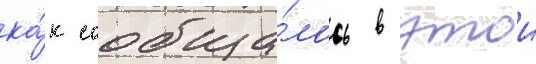
ка́к сообща́лось в этои